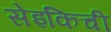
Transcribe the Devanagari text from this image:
सेइकिची